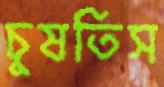
চুষতিস